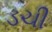
ડચી